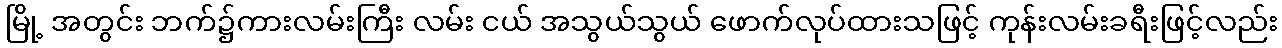
မြို့ အတွင်း ဘက်၌ကားလမ်းကြီး လမ်း ငယ် အသွယ်သွယ် ဖောက်လုပ်ထားသဖြင့် ကုန်းလမ်းခရီးဖြင့်လည်း